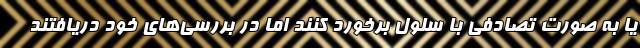
یا به صورت تصادفی با سلول برخورد کنند اما در بررسی‌های خود دریافتند